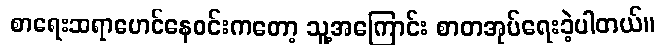
စာရေးဆရာမောင်နေဝင်းကတော့ သူ့အကြောင်း စာတအုပ်ရေးခဲ့ပါတယ်။